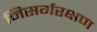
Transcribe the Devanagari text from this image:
निसर्गरक्षण